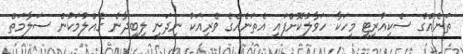
ތަނެއްގެ ސެކިއުރިޓީ މީހަކާ ހަވާލުކޮށްފައި އެތަނެއްގެ ވެރިއަކު ނިދަނީ ލިބިދާނެ ގެއްލުމަކުން ސަލާމަތް